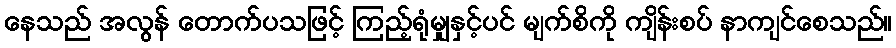
နေသည် အလွန် တောက်ပသဖြင့် ကြည့်ရုံမျှနှင့်ပင် မျက်စိကို ကျိန်းစပ် နာကျင်စေသည်။